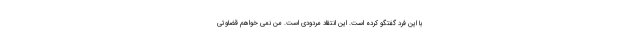
با این فرد گفتگو کرده است. این انتقاد مردودی است. من نمی خواهم قضاوتی